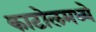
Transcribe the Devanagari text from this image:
काटोलमध्ये